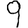
Digit: 9